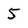
Character: 5